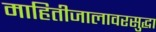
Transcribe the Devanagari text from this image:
माहितीजालावरसुद्धा